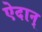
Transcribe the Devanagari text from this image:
ऐदान्